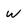
Character: W